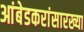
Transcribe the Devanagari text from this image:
आंबेडकरांसारख्या